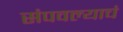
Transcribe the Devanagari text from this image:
संपवल्याचं